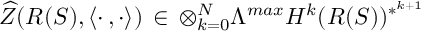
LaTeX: \widehat { Z } ( R ( S ) , \langle \cdot \, , \cdot \rangle ) \, \in \, \otimes _ { k = 0 } ^ { N } \Lambda ^ { m a x } H ^ { k } ( R ( S ) ) ^ { * ^ { k + 1 } }